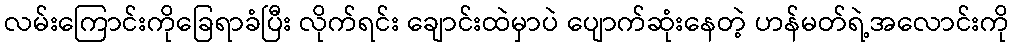
လမ်းကြောင်းကိုခြေရာခံပြီး လိုက်ရင်း ချောင်းထဲမှာပဲ ပျောက်ဆုံးနေတဲ့ ဟန်မတ်ရဲ့အလောင်းကို